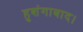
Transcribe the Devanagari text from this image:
हुशंगाबाद।